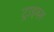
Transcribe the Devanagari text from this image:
ट्राइब्ज़